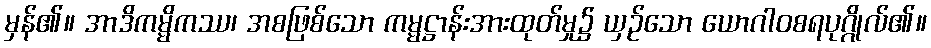
မှန်၏။ အာဒိကမ္မိကဿ၊ အစဖြစ်သော ကမ္မဋ္ဌာန်းအားထုတ်မှု၌ ယှဉ်သော ယောဂါဝစရပုဂ္ဂိုလ်၏။